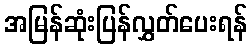
အမြန်ဆုံးပြန်လွှတ်ပေးရန်